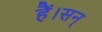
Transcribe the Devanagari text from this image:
हैं।सन्